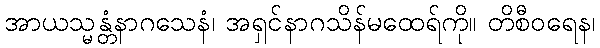
အာယသ္မန္တံနာဂသေနံ၊ အရှင်နာဂသိန်မထေရ်ကို။ တိစီဝရေန၊